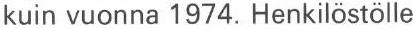
kuin vuonna 1974. Henkilöstölle